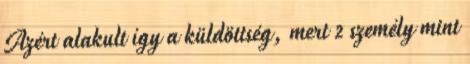
Azért alakult így a küldöttség, mert 2 személy mint